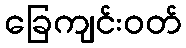
ခြေကျင်းဝတ်